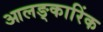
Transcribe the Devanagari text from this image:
आलङ्कारिंक